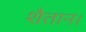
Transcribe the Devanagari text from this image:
शैतान।